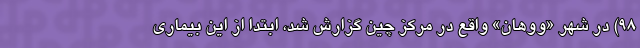
۹۸) در شهر «ووهان» واقع در مرکز چین گزارش شد، ابتدا از این بیماری